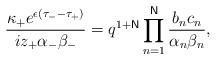
LaTeX: \begin{align*}\frac{\kappa _{+}e^{\epsilon (\tau _{-}-\tau _{+})}}{iz_{+}\alpha _{-}\beta_{-}}=q^{1+\mathsf{N}}\prod_{n=1}^{\mathsf{N}}\frac{b_{n}c_{n}}{\alpha_{n}\beta _{n}}, \end{align*}